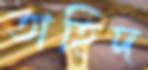
তাহিদ